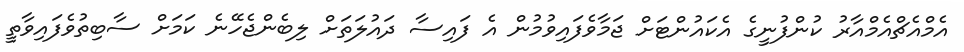
އެމްއެޗްއެމްއާރު ކުންފުނީގެ އެކައުންޓަށް ޖަމާވެފައިވުމުން އެ ފައިސާ ދައުލަތަށް ލިބެންޖެހޭނެ ކަމަށް ސާބިތުވެފައިވާތީ